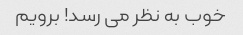
خوب به نظر می رسد! برویم